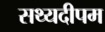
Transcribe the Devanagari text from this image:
सथ्यदीपम